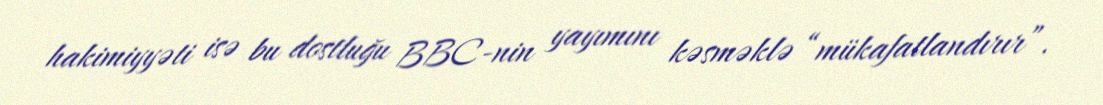
hakimiyyəti isə bu dostluğu BBC-nin yayımını kəsməklə “mükafatlandırır”.